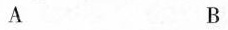
A B